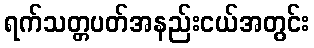
ရက်သတ္တပတ်အနည်းငယ်အတွင်း